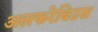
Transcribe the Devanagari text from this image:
अलफरेबिउस